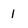
Character: 1